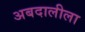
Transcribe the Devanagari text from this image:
अबदालीला